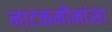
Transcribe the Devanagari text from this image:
नाटकमीमांसा